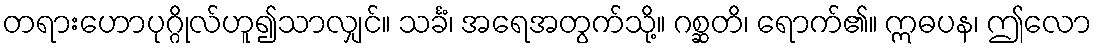
တရားဟောပုဂ္ဂိုလ်ဟူ၍သာလျှင်။ သင်္ခံ၊ အရေအတွက်သို့။ ဂစ္ဆတိ၊ ရောက်၏။ ဣဓပန၊ ဤလော